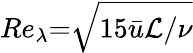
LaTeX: \textit{Re}_{\lambda}{=}\sqrt{15\bar{u}\mathcal{L}/\nu}